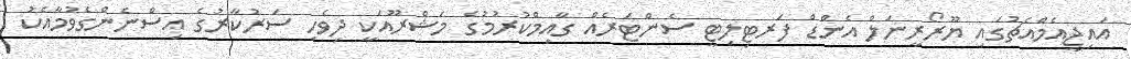
އައިޖީއެމްއެޗުގައި ޔޫރޯރީނަލް އެންޑް ފަރޓިލިޓީ ސެންޓަރެއް ގާއިމްކުރުމުގެ މަޝްރޫއަކީ ދިވެހި ސަރުކާރުގެ އިސްނެންގެވުމާއެކު